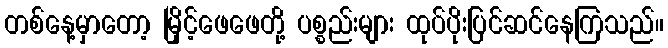
တစ်နေ့မှာတော့ မြိုင့်ဖေဖေတို့ ပစ္စည်းများ ထုပ်ပိုးပြင်ဆင်နေကြသည်။